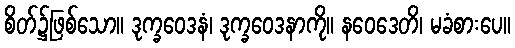
စိတ်၌ဖြစ်သော။ ဒုက္ခဝေဒနံ၊ ဒုက္ခဝေဒနာကို။ နဝေဒေတိ၊ မခံစားပေ။